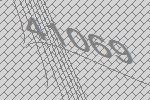
41069